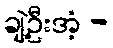
ချဲ့ဦးအံ့ -